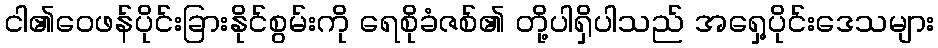
ငါ၏ဝေဖန်ပိုင်းခြားနိုင်စွမ်းကို ရေစိုခံဇစ်၏ တို့ပါရှိပါသည် အရှေ့ပိုင်းဒေသများ